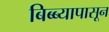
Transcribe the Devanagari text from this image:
बिब्ब्यापासून